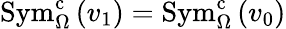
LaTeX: \mathrm{Sym}_{\Omega}^{\mathrm{c}}\left(v_{1}\right)=\mathrm{Sym}_{\Omega}^{\mathrm{c}}\left(v_{0}\right)